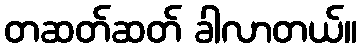
တဆတ်ဆတ် ခါလာတယ်။